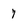
Character: 7